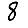
Digit: 8